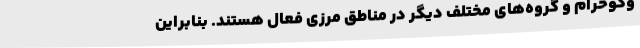
وکوحرام و گروه‌های مختلف دیگر در مناطق مرزی فعال هستند. بنابراین